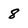
Character: 8